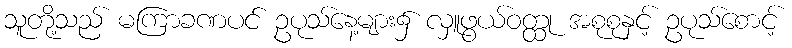
သူတို့သည် မကြာခဏပင် ဥပုသ်နေ့များ၌ လှူဖွယ်ဝတ္ထု အစုစုနှင့် ဥပုသ်စောင့်